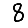
Digit: 8